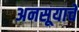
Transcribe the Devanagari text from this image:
अनसूयाचे